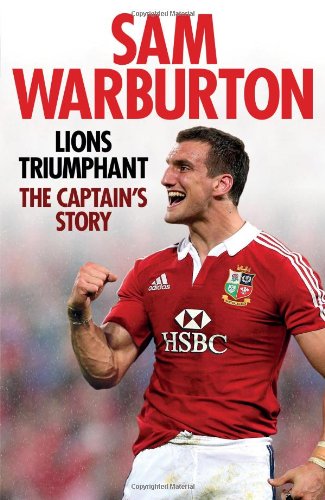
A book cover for Lions Triumphant: The Captain's Story; Sam Warburton; Sports & Outdoors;